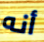
أنه